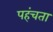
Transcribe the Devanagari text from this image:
पहंचता